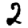
Digit: 2